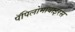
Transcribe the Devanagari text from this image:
पॅपिलोमावाइरस